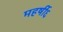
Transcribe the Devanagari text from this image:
महर्षी६